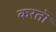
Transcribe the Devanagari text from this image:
करतॊ